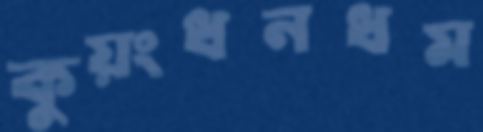
কুয়ংধনধম